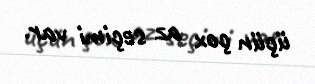
üçün çox az seçimi var.